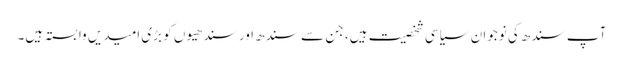
آپ سندھ کی نوجوان سیاسی شخصیت ہیں، جن سے سندھ اور سندھیوں کو بڑی امیدیں وابستہ ہیں۔